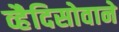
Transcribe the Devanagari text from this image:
व्हैदिसोवाने